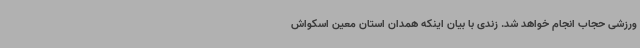
ورزشی حجاب انجام خواهد شد. زندی با بیان اینکه همدان استان معین اسکواش